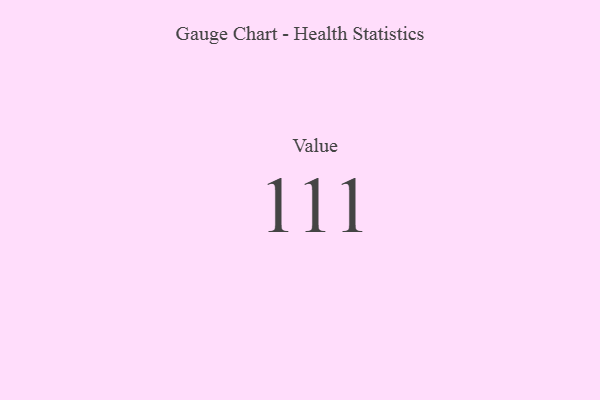
{"axis": {"x": "Metric", "y": "Value"}, "legend": [""], "data": [{"x": "Value", "y": 111, "type": ""}]}